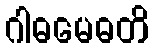
ဂါဓမေဓတိ